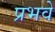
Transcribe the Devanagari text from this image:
प्रभवे